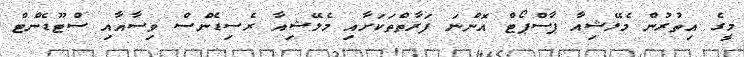
މީގެ އިތުރުން މެލޭޝިއާ ޕާސްޕޯޓް އޮންނަ ފަރާތްތަކަށާއި މެލޭޝިއާ ރެސިޑެންސް ވިސާއާއި ސްޓޫޑެންޓް